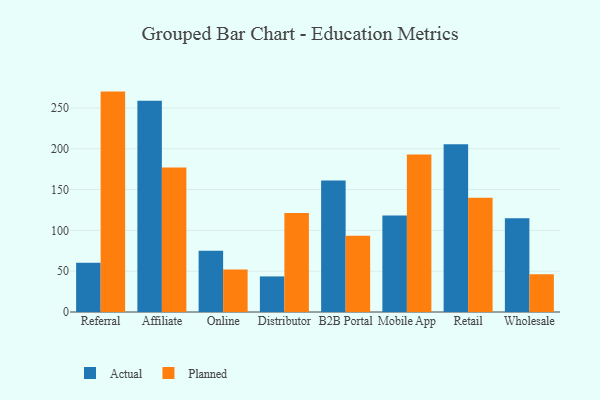
{"axis": {"x": "Channel", "y": "Page Views"}, "legend": ["Actual", "Planned"], "data": [{"x": "Referral", "y": 60.2, "type": "Actual"}, {"x": "Referral", "y": 270.0, "type": "Planned"}, {"x": "Affiliate", "y": 258.8, "type": "Actual"}, {"x": "Affiliate", "y": 176.9, "type": "Planned"}, {"x": "Online", "y": 75.0, "type": "Actual"}, {"x": "Online", "y": 52.2, "type": "Planned"}, {"x": "Distributor", "y": 43.6, "type": "Actual"}, {"x": "Distributor", "y": 121.3, "type": "Planned"}, {"x": "B2B Portal", "y": 161.1, "type": "Actual"}, {"x": "B2B Portal", "y": 93.3, "type": "Planned"}, {"x": "Mobile App", "y": 118.1, "type": "Actual"}, {"x": "Mobile App", "y": 192.8, "type": "Planned"}, {"x": "Retail", "y": 205.4, "type": "Actual"}, {"x": "Retail", "y": 140.0, "type": "Planned"}, {"x": "Wholesale", "y": 114.8, "type": "Actual"}, {"x": "Wholesale", "y": 46.1, "type": "Planned"}]}